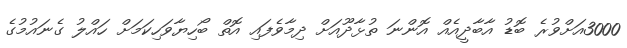
3000އަށްވުރެ ބޮޑު އާބާދީއެއް އޮންނަ ތުޅާދޫއަށް ދިމާވެފައި އޮތް ބޯހިޔާވަހިކަމަށް ހައްލު ގެނައުމުގެ